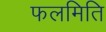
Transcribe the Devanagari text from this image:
फलमिति